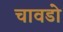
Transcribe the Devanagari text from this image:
चावडो